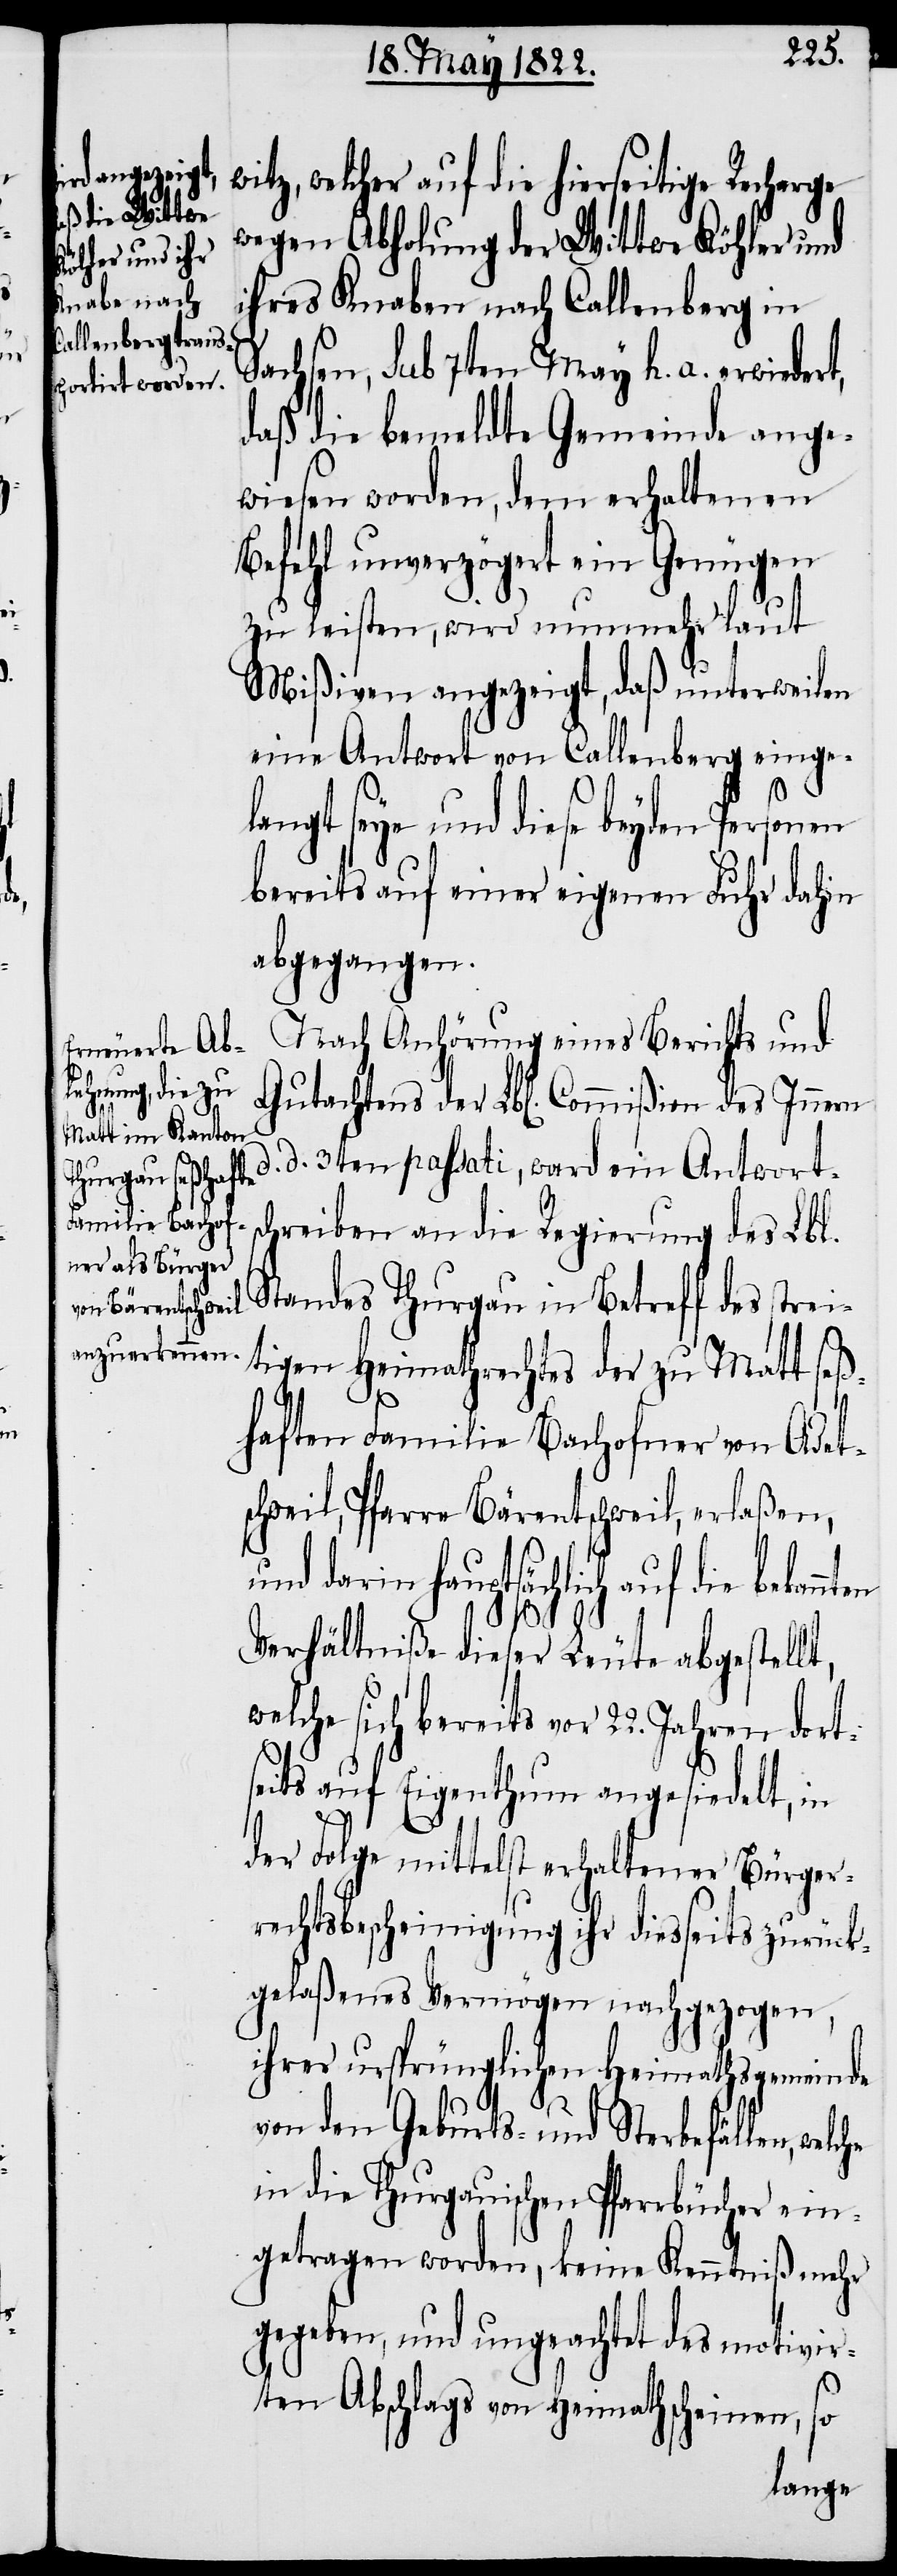
itz, welcher auf die hierseitige Recharge
wegen Abholung der Wittwe Köhler und
ihres Knaben nach Callenberg in
Sachsen, sub 7ten May h. a. erwiedert,
daß die bemeldte Gemeinde ange¬
wiesen worden, dem erhaltenen
Befehl unverzögert ein Genügen
zu leisten, wird nunmehr laut
Mißiven angezeigt, daß unterweilen
eine Antwort von Callenberg einge¬
langt seye und diese beyden Personen
bereits auf einer eigenen Fuhr dahin
abgegangen.
Nach Anhörung eines Berichts und
Gutachtens der Lbl. Commißion des Innern
d. 3ten passati, ward ein Antwort¬
schreiben an die Regierung des Lbl.
Standes Thurgau in Betreff des stre¬
tigen Heimathrechtes der zu Matt seß¬
haften Familie Bachofner von Adets¬
chweil, Pfarre Bärentschweil, erlaßen,
und darin hauptsächlich auf die bekann¬
Verhältniße dieser Leute abgestellt,
welche sich bereits vor 22. Jahren dort¬
seits auf Eigenthum angesiedelt, in
ten
der Folge mittelst erhaltenen Bürger¬
rechtsbescheinigung ihr diesseits zurück¬
gelaßenes Vermögen nachgezogen,
ihrer ursprünglichen Heimathsgemeinde
von den Geburts- und Sterbefällen,
in die Thurgauischen Pfarrbücher ein¬
getragen worden, keine Kenntniß mehr
gegeben, und ungeachtet des motivir¬
ten Abschlags von Heimathscheinen, so